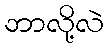
ဘာလို့လဲ